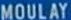
MOULAY